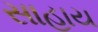
સાહાય